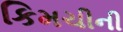
કિમચીની